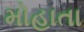
મોહાતા